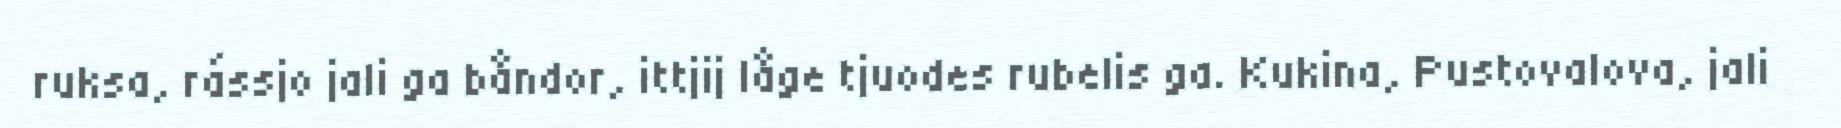
ruksa, rássjo jali ga båndor, ittjij låge tjuodes rubelis ga. Kukina, Pustovalova, jali